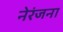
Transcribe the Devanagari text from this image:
नेरंजना